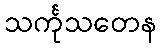
သင်္ကုသတေန